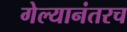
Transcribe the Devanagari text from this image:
गेल्यानंतरच